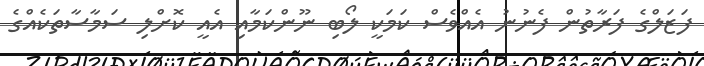
ފަޒަލްގެ ފަރާތުން ފެނުނު އެއްވެސް ކަމަކީ ލޯބި ނޫންކަމާއި އެއީ ކޮށްލި ސަމާސާތަކެއްގެ